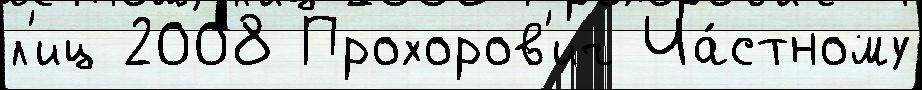
л'иц 2008 Прохоров'ич Ча́стному